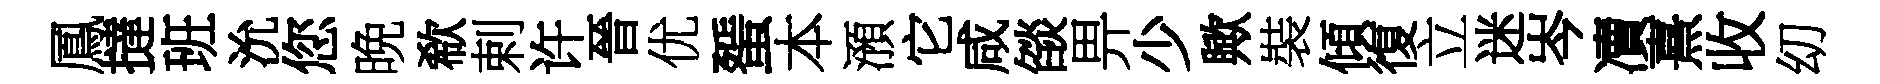
鳳撻班沇您晩欷剌许晉优蜑本澦它咸燄畀少歟裝傾復立迷岑凟熹收㓜